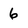
Character: 6